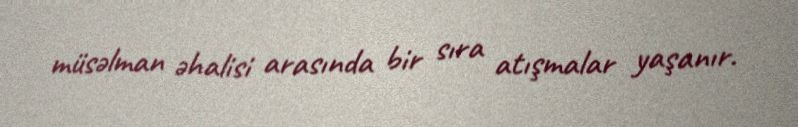
müsəlman əhalisi arasında bir sıra atışmalar yaşanır.